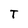
Character: T